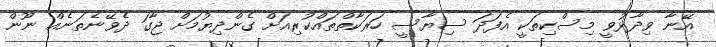
އޭނާ ވިދާޅުވީ މިސްކިތަކީ އެފަދަ ސިޔާސީ ހަރަކާތްތައްކުރިއަށް ގެންދިޔުމަށް ޖާގަ ދެވޭނެތަނެއް ނޫން